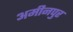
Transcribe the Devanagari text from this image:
अमीनपुर